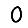
Digit: 0